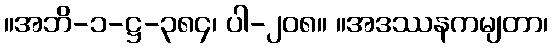
။အဘိ-၁-ဋ္ဌ-၃၈၄၊ ပါ-၂၀၈။ ။အဒဿနကမျတာ၊